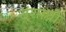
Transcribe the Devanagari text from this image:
संशाध्नो